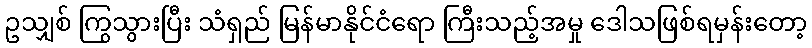
ဥသျှစ် ကြွသွားပြီး သံရှည် မြန်မာနိုင်ငံရော ကြီးသည့်အမှု ဒေါသဖြစ်ရမှန်းတော့